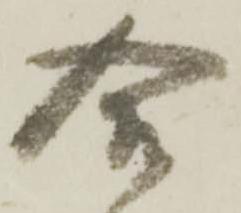
合